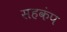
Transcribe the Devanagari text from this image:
सहकंप